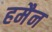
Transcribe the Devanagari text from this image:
हमैन